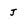
Character: J